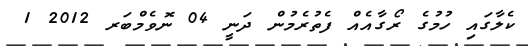
ކެލާގައި ހުމުގެ ރޯގާއެއް ފެތުރެމުން ދަނީ 04 ނޮވެމްބަރ 2012 1